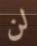
لن